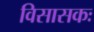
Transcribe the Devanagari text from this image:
विसासकः